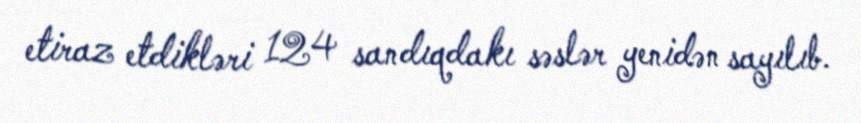
etiraz etdikləri 124 sandıqdakı səslər yenidən sayılıb.